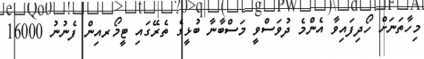
މިހާތަނަށް ހޯދިފައިވާ އެންމެ ދުވަސްވީ މަސްބާނާ ބުޅީގެ ތެރޭގައި ޓީމޯރއިން ފެނުނު 16000